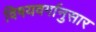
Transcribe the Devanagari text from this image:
विषयवर्गानुसार